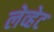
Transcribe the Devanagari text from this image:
लेव्हेट